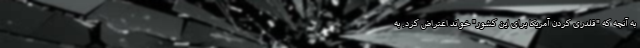
به آنچه که "قلدری کردن آمریکا برای این کشور" خواند اعتراض کرد. به